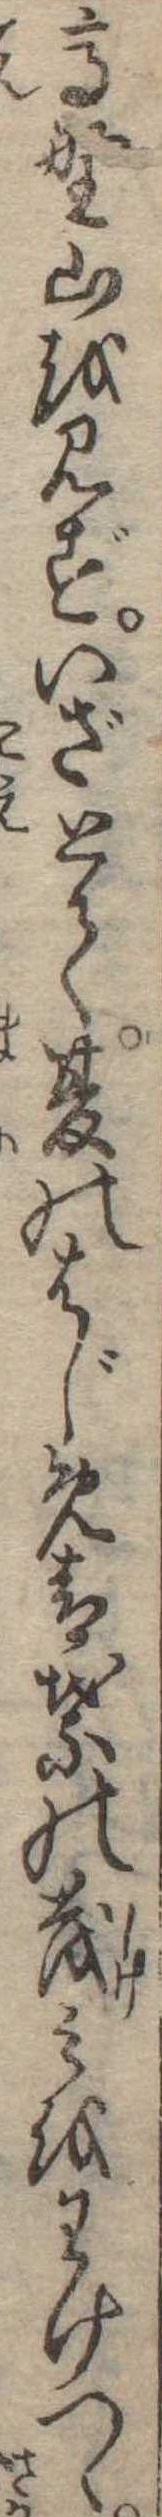
高野山を見ずいざとて夏のはじめ青葉の茂みをわけつゝ